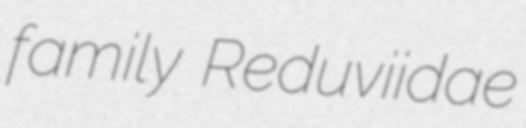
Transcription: family Reduviidae